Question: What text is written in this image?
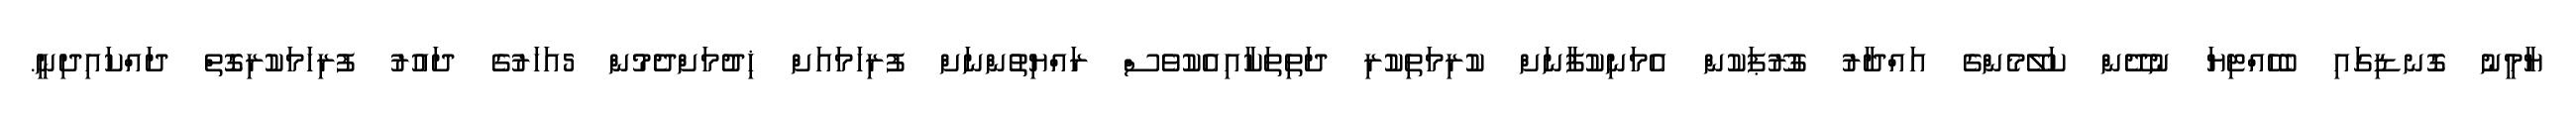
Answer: ޔާމީނު ގޮނޑިގައި ބެހެއްޓިޔަ ނުދޭން ކަލޭމެންގެ އައްދާރު ގުރޫޕަކުން އެމަނިކުފާނަށް ކުރިމަތިކުރި ދަތިތަކާއިއެކުވެސް ރައްޔިތުންނަށް ފުރިހަމައަށް ޚިދުމަށްދެމުން 5އަހަރުގެ ދައުރު ފުރިހަމަކުރިގޮތް ދައްކައިދިނީ.